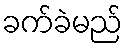
ခက်ခဲမည်